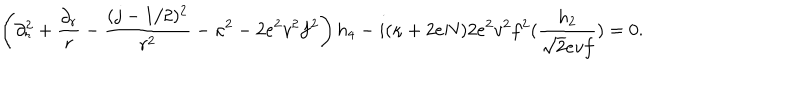
\left( \partial _ { r } ^ { 2 } + { \frac { \partial _ { r } } { r } } - { \frac { ( j - 1 / 2 ) ^ { 2 } } { r ^ { 2 } } } - \kappa ^ { 2 } - 2 e ^ { 2 } v ^ { 2 } f ^ { 2 } \right) h _ { 4 } - i ( \kappa + 2 e N ) 2 e ^ { 2 } v ^ { 2 } f ^ { 2 } ( { \frac { h _ { 2 } } { \sqrt { 2 } e v f } } ) = 0 .